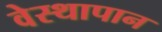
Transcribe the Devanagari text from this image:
वेस्थापान